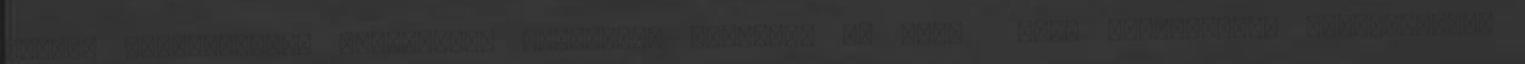
Zsuzsi táskatervező különleges helyszínt keresett az őszi téli kollekciója fotózásához,